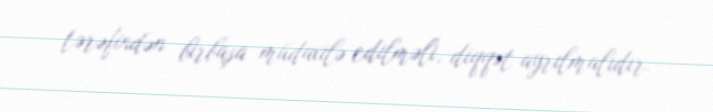
tərəfindən birbaşa müdaxilə edilməli, diqqət ayrılmalıdır.